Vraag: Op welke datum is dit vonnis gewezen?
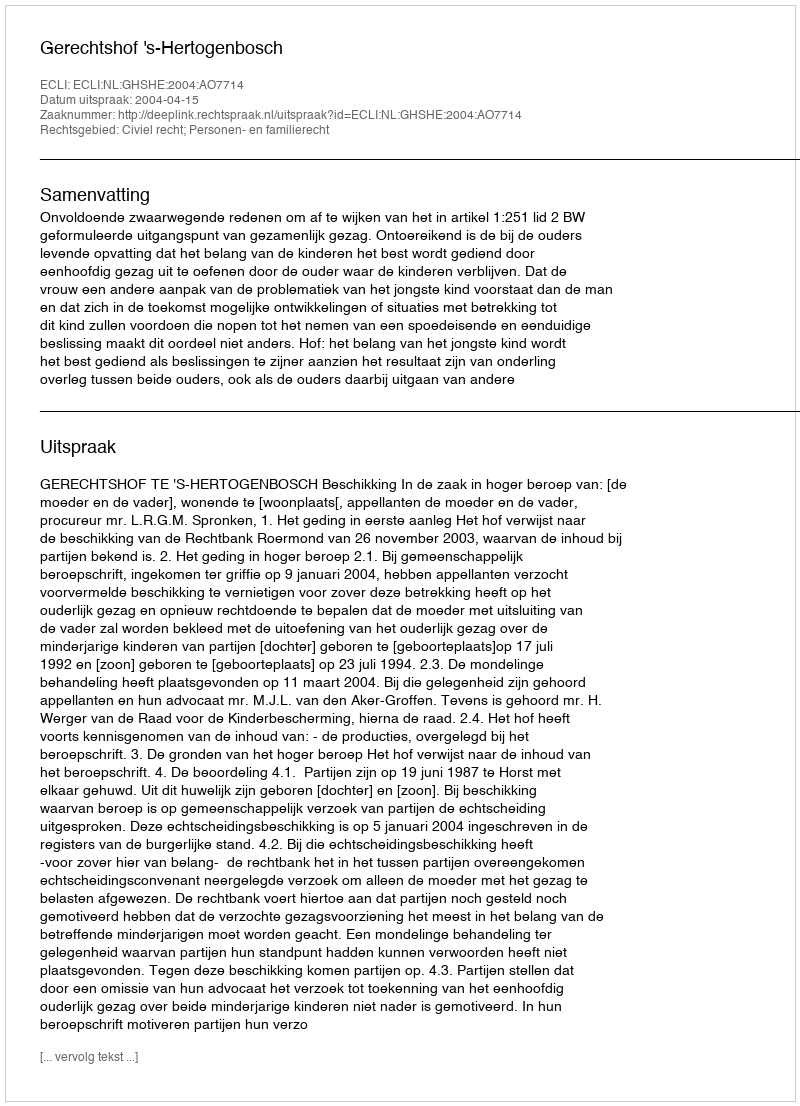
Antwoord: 2004-04-15